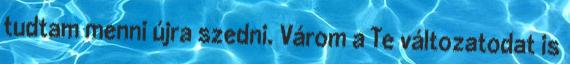
tudtam menni újra szedni. Várom a Te változatodat is